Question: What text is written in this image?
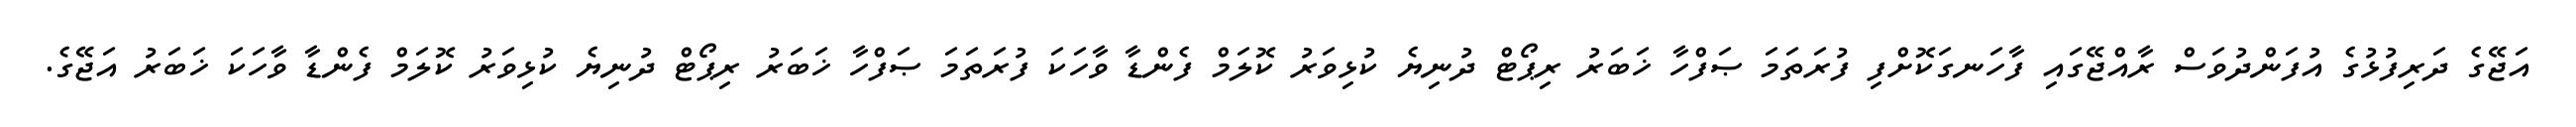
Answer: އަޖޭގެ ދަރިފުޅުގެ އުފަންދުވަސް ރާއްޖޭގައި ފާހަނގަކޮށްފި ފުރަތަމަ ޞަފްހާ ޚަބަރު ރިޕޯޓް ދުނިޔެ ކުޅިވަރު ކޮލަމް ފެންޑާ ވާހަކަ ފުރަތަމަ ޞަފްހާ ޚަބަރު ރިޕޯޓް ދުނިޔެ ކުޅިވަރު ކޮލަމް ފެންޑާ ވާހަކަ ޚަބަރު އަޖޭގެ.